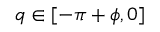
q \in [ - \pi + \phi , 0 ]